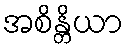
အစိန္တိယာ